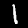
Label: 1